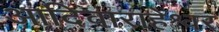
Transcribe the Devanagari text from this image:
आदिवाराहेश्वर